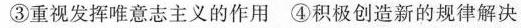
③重视发挥唯意志主义的作用④积极创造新的规律解决